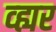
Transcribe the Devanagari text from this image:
व्ह्यर